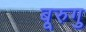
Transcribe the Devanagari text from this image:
बूरुगु